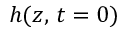
h ( z , \, t = 0 )